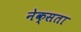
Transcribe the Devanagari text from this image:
नेक्सता